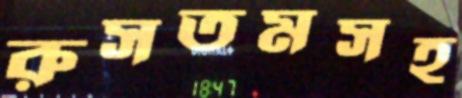
রুসতমসহ